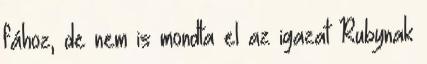
fához, de nem is mondta el az igazat Rubynak